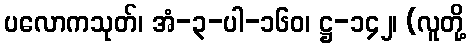
ပလောကသုတ်၊ အံ-၃-ပါ-၁၆၀၊ ဋ္ဌ-၁၄၂၊ (လူတို့